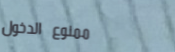
ممنوع الدخول